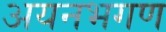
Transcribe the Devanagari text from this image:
अयनभगण